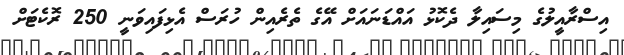
އިސްރާއީލުގެ މިސައިލާ ދެކޮޅު އައްޑަނައަށް އޭގެ ތެރެއިން ހުރަސް އެޅިފައިވަނީ 250 ރޮކެޓަށް